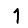
Digit: 1